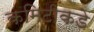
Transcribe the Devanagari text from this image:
कमिटीकडे